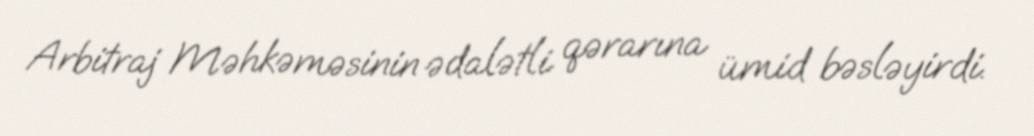
Arbitraj Məhkəməsinin ədalətli qərarına ümid bəsləyirdi.